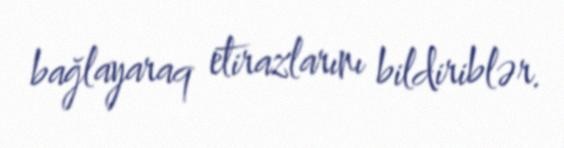
bağlayaraq etirazlarını bildiriblər.